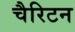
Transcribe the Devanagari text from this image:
चैरिटन